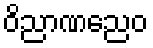
ဝိညာဏညေဝ